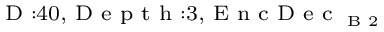
_ { \textrm { D } : 4 0 , \textrm { D e p t h } : 3 , \textrm { E n c D e c } _ { \textrm { B } 2 } }